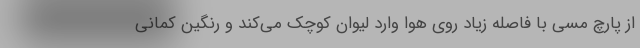
از پارچ مسی با فاصله زیاد روی هوا وارد لیوان کوچک می‌کند و رنگین کمانی